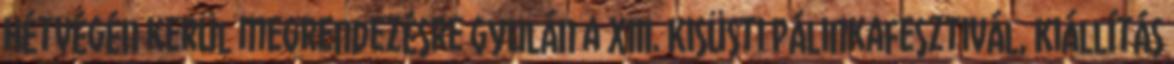
Hétvégén kerül megrendezésre Gyulán a XIII. Kisüsti Pálinkafesztivál, Kiállítás